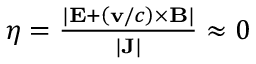
\begin{array} { r } { \eta = \frac { | \mathbf { E } + \left( \mathbf { v } / c \right) \times \mathbf { B } | } { | \mathbf { J } | } \approx 0 } \end{array}